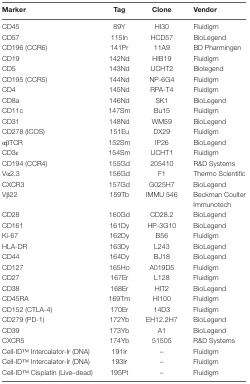
<table><thead><tr><td><b>Marker</b></td><td><b>Tag</b></td><td><b>Clone</b></td><td><b>Vendor</b></td></tr></thead><tbody><tr><td>CD45</td><td>89Y</td><td>HI30</td><td>Fluidigm</td></tr><tr><td>CD57</td><td>115In</td><td>HCD57</td><td>BioLegend</td></tr><tr><td>CD196 (CCR6)</td><td>141Pr</td><td>11A9</td><td>BD Pharmingen</td></tr><tr><td>CD19</td><td>142Nd</td><td>HIB19</td><td>Fluidigm</td></tr><tr><td>CD5</td><td>143Nd</td><td>UCHT2</td><td>Biolegend</td></tr><tr><td>CD195 (CCR5)</td><td>144Nd</td><td>NP-6G4</td><td>Fluidigm</td></tr><tr><td>CD4</td><td>145Nd</td><td>RPA-T4</td><td>Fluidigm</td></tr><tr><td>CD8a</td><td>146Nd</td><td>SK1</td><td>BioLegend</td></tr><tr><td>CD11c</td><td>147Sm</td><td>Bu15</td><td>Fluidigm</td></tr><tr><td>CD31</td><td>148Nd</td><td>WM59</td><td>BioLegend</td></tr><tr><td>CD278 (ICOS)</td><td>151Eu</td><td>DX29</td><td>Fluidigm</td></tr><tr><td>αβTCR</td><td>152Sm</td><td>IP26</td><td>BioLegend</td></tr><tr><td>CD3ε</td><td>154Sm</td><td>UCHT1</td><td>Fluidigm</td></tr><tr><td>CD194 (CCR4)</td><td>155Gd</td><td>205410</td><td>R&amp;D Systems</td></tr><tr><td>Vα2.3</td><td>156Gd</td><td>F1</td><td>Thermo Scientific</td></tr><tr><td>CXCR3</td><td>157Gd</td><td>G025H7</td><td>BioLegend</td></tr><tr><td>Vβ22</td><td>159Tb</td><td>IMMU 546</td><td>Beckman Coulter Immunotech</td></tr><tr><td>CD28</td><td>160Gd</td><td>CD28.2</td><td>BioLegend</td></tr><tr><td>CD161</td><td>161Dy</td><td>HP-3G10</td><td>BioLegend</td></tr><tr><td>Ki-67</td><td>162Dy</td><td>B56</td><td>Fluidigm</td></tr><tr><td>HLA-DR</td><td>163Dy</td><td>L243</td><td>BioLegend</td></tr><tr><td>CD44</td><td>164Dy</td><td>BJ18</td><td>BioLegend</td></tr><tr><td>CD127</td><td>165Ho</td><td>A019D5</td><td>Fluidigm</td></tr><tr><td>CD27</td><td>167Er</td><td>L128</td><td>Fluidigm</td></tr><tr><td>CD38</td><td>168Er</td><td>HIT2</td><td>BioLegend</td></tr><tr><td>CD45RA</td><td>169Tm</td><td>HI100</td><td>Fluidigm</td></tr><tr><td>CD152 (CTLA-4)</td><td>170Er</td><td>14D3</td><td>Fluidigm</td></tr><tr><td>CD279 (PD-1)</td><td>172Yb</td><td>EH12.2H7</td><td>BioLegend</td></tr><tr><td>CD39</td><td>173Yb</td><td>A1</td><td>BioLegend</td></tr><tr><td>CXCR5</td><td>174Yb</td><td>51505</td><td>R&amp;D Systems</td></tr><tr><td>Cell-IDTM Intercalator-Ir (DNA)</td><td>191Ir</td><td>–</td><td>Fluidigm</td></tr><tr><td>Cell-IDTM Intercalator-Ir (DNA)</td><td>193Ir</td><td>–</td><td>Fluidigm</td></tr><tr><td>Cell-IDTM Cisplatin (Live–dead)</td><td>195Pt</td><td>–</td><td>Fluidigm</td></tr></tbody></table>